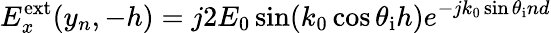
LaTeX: E_{x}^{\mathrm{ext}}(y_{n},-h)=j2E_{0}\sin(k_{0}\cos\theta_{\mathrm{i}}h)e^{-jk_{0}\sin\theta_{\mathrm{i}}nd}